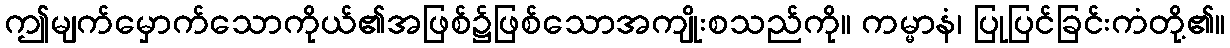
ဤမျက်မှောက်သောကိုယ်၏အဖြစ်၌ဖြစ်သောအကျိုးစသည်ကို။ ကမ္မာနံ၊ ပြုပြင်ခြင်းကံတို့၏။